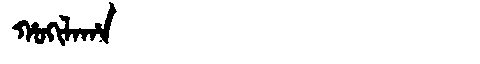
Manchu: ᡥᠣᡴᡳᠯᠠᡥᠠ
Romanization: HOKILAHA